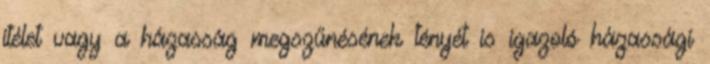
ítélet vagy a házasság megszűnésének tényét is igazoló házassági